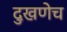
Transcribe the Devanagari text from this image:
दुखणेच